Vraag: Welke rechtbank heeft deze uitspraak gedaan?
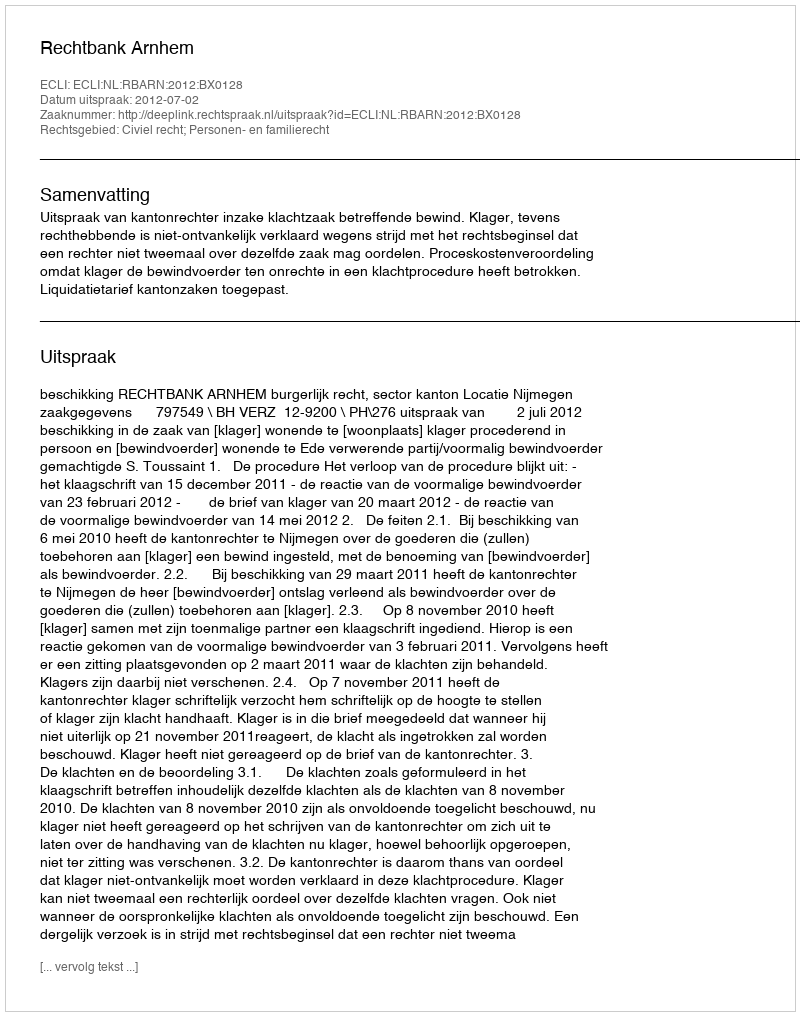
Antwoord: Rechtbank Arnhem